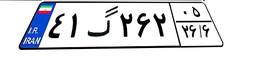
۴۱گ۲۶۲۰۵